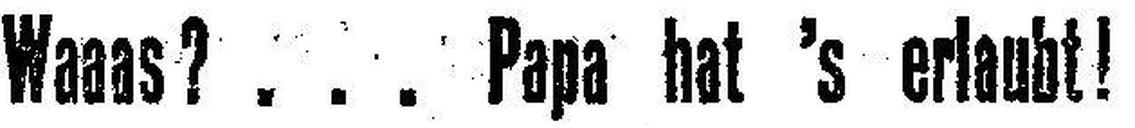
Waaas? ... Papa hat 's erlaubt!